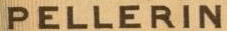
PELLERIN